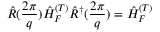
\hat { R } ( \frac { 2 \pi } { q } ) \hat { H } _ { F } ^ { ( T ) } \hat { R } ^ { \dagger } ( \frac { 2 \pi } { q } ) = \hat { H } _ { F } ^ { ( T ) }